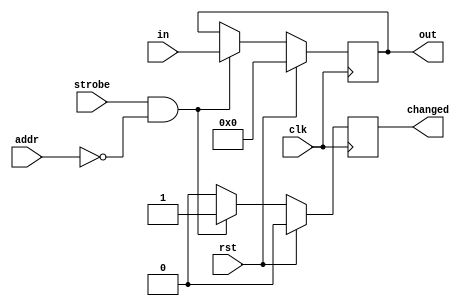
//
// Copyright 2011-2012 Ettus Research LLC
// Copyright 2018 Ettus Research, a National Instruments Company
// Copyright 2022 Ettus Research, a National Instruments Brand
//
// SPDX-License-Identifier: LGPL-3.0-or-later
//
// Module: setting_reg
//
// Description:
//
//   A settings register is a peripheral for the settings register bus. When
//   the settings register sees the strobe and a matching address, the outputs
//   will be become registered to the given input bus.
//

module setting_reg #(
  parameter my_addr  = 0,
  parameter awidth   = 8,
  parameter width    = 32,
  parameter at_reset = 0
) (
  input  wire              clk,
  input  wire              rst,
  input  wire              strobe,
  input  wire [awidth-1:0] addr,
  input  wire [      31:0] in,
  output reg  [ width-1:0] out,
  output reg               changed
);
  always @(posedge clk)
    if(rst) begin
      out <= at_reset;
      changed <= 1'b0;
    end else begin
      if(strobe && (my_addr == addr)) begin
        out     <= in[width-1:0];
        changed <= 1'b1;
      end else begin
        changed <= 1'b0;
      end
    end
endmodule // setting_reg